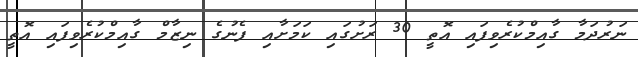
ނަރުދަމާ ގާއިމްކުރެވިފައި އޮތީ 30 ރަށުގައި ކަމަށާއި ފެނުގެ ނިޒާމް ގާއިމްކުރެވިފައި އޮތީ